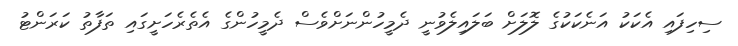
ސިހިފައި އެކަކު އަނެކަކުގެ ލޮލަށް ބަލައިލެވުނީ ދެމީހުންނަށްވެސް ދެމީހުންގެ އެތެރެހަށީގައި ތަފާތު ކަރަންޓު